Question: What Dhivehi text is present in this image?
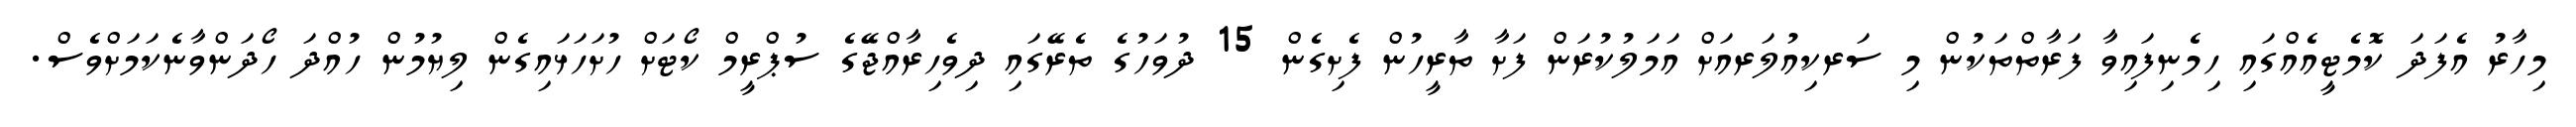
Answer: މިހާރު އެފަދަ ކޮމެޓީއެއްގައި ހިމެނިފައިވާ ފަރާތްތަކުން މި ސަރކިއުލަރއަށް އަމަލުކުރަން ފަށާ ތާރީހުން ފެށިގެން 15 ދުވަހުގެ ތެރޭގައި ދިވެހިރާއްޖޭގެ ސުޕްރީމް ކޯޓަށް ހުށަހަޅައިގެން ލިޔުމުން ހުއްދަ ހޯދަންވާނެކަމަށްވެސް.